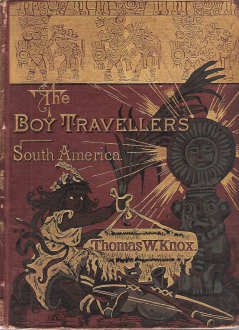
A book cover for The Boy Travellers in South America: Adventures of Two Youths in a Journey Through Ecuador, Peru, Bolivia, Brazil, Paraguay, Argentine Republic, and Chili with Descriptions of Patagonia and Tierra Del Fuego, and Voyages upon The Amazon and La Plata Rivers; Travel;